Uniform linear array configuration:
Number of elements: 24
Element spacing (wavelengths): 0.25
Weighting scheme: exponential
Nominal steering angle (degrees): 15
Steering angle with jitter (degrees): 16.517
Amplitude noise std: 0.05
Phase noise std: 0.05

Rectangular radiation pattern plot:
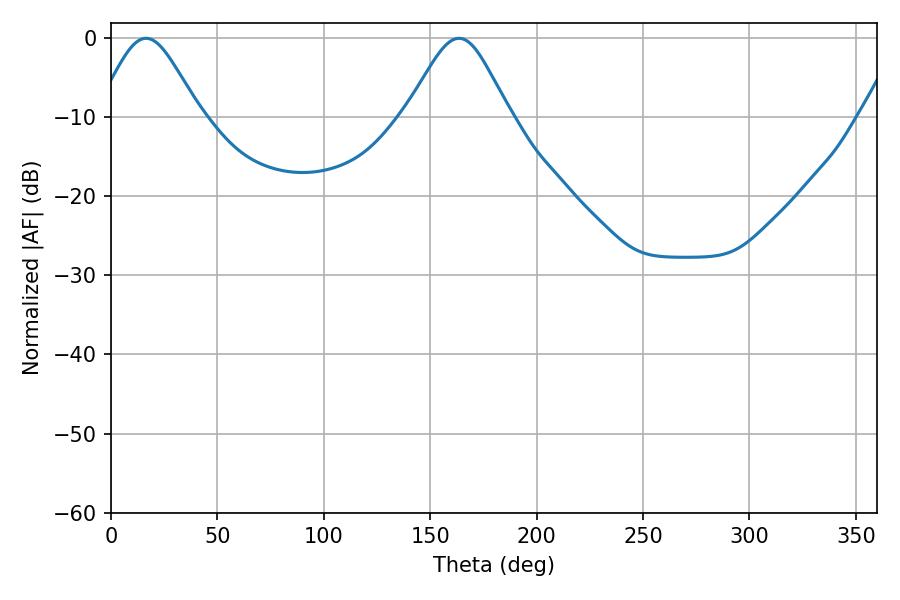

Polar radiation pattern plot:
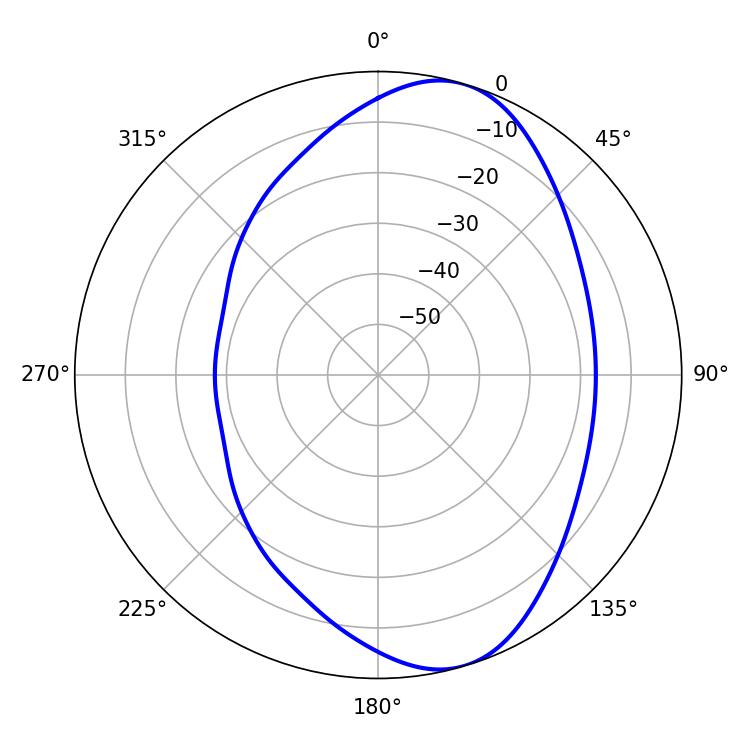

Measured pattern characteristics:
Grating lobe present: FALSE
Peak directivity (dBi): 8.148
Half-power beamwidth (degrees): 24.12
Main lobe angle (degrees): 163.44